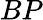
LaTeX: BP